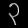
Digit: ၃